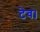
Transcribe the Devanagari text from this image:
टेव।